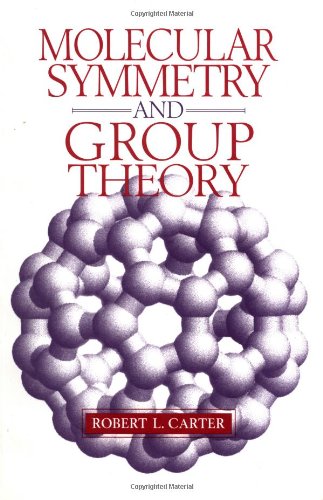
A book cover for Molecular Symmetry and Group Theory; Robert L. Carter; Science & Math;